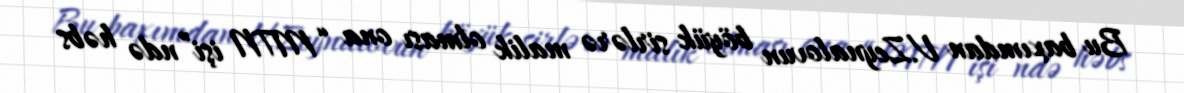
Bu baxımdan V.Zeynalovun böyük sirlərə malik olması ona “MTN işi”ndə həbs